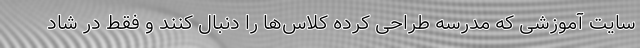
سایت آموزشی که مدرسه طراحی کرده کلاس‌ها را دنبال کنند و فقط در شاد